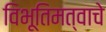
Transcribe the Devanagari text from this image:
विभूतिमत्वाचे